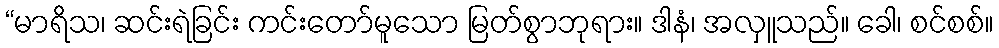
“မာရိသ၊ ဆင်းရဲခြင်း ကင်းတော်မူသော မြတ်စွာဘုရား။ ဒါနံ၊ အလှူသည်။ ခေါ၊ စင်စစ်။